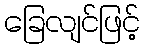
ခြေလျင်ဖြင့်